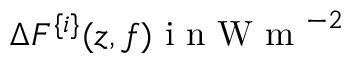
\Delta F ^ { \{ i \} } ( z , f ) \mathrm { ~ i ~ n ~ W ~ m ~ } ^ { - 2 }